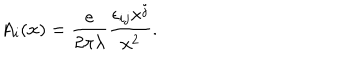
LaTeX: A _ { i } ( { \bf x } ) = \frac { e } { 2 \pi \lambda } \frac { \epsilon _ { i j } x ^ { j } } { { \bf x } ^ { 2 } } .